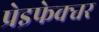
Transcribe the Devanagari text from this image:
प्रेइफेक्चर